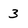
Character: 3